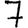
Digit: 7